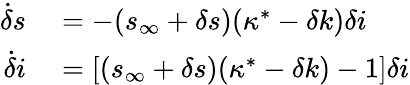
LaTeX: \begin{array}{rl}{\dot{\delta}s}&{{}=-(s_{\infty}+\delta s)(\kappa^{*}-\delta k)\delta i}\\ {\dot{\delta}i}&{{}=[(s_{\infty}+\delta s)(\kappa^{*}-\delta k)-1]\delta i}\end{array}